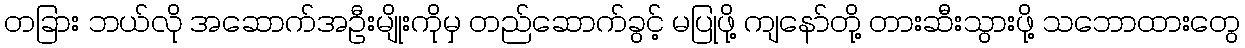
တခြား ဘယ်လို အဆောက်အဦးမျိုးကိုမှ တည်ဆောက်ခွင့် မပြုဖို့ ကျနော်တို့ တားဆီးသွားဖို့ သဘောထားတွေ